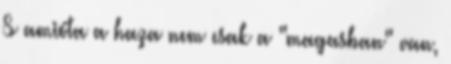
S amióta a haza nem csak a "magasban" van,